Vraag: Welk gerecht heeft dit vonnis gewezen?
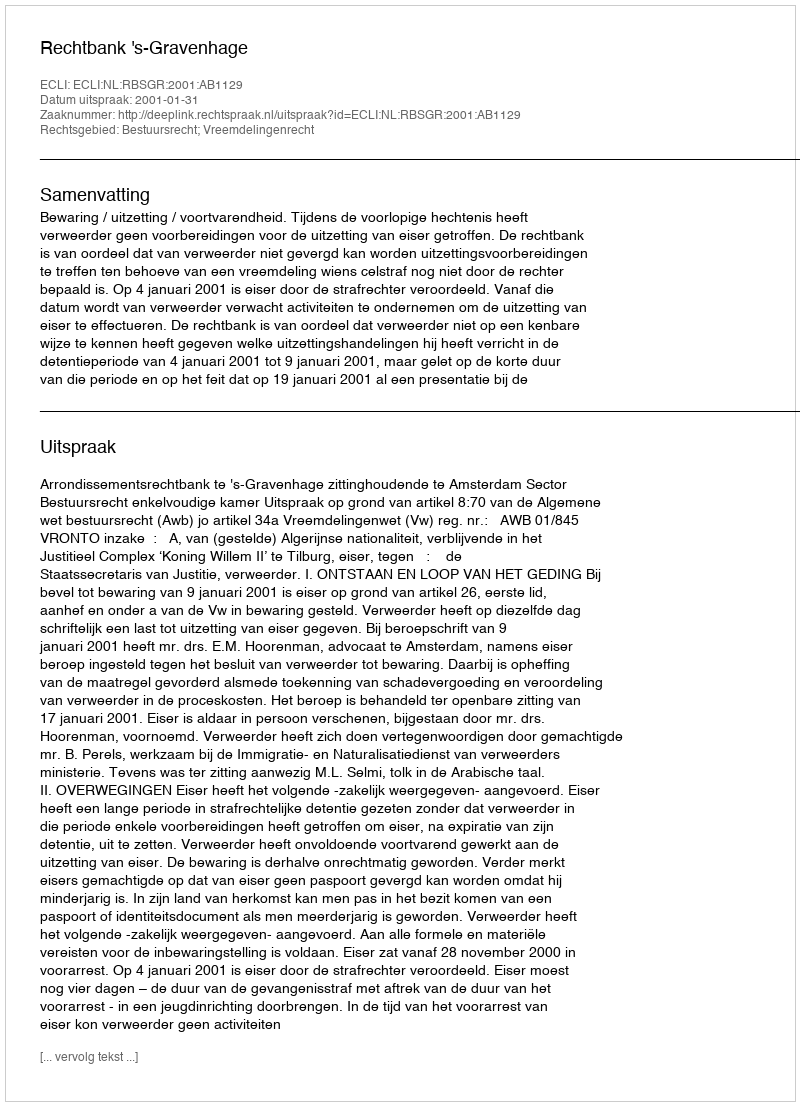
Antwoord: Rechtbank 's-Gravenhage